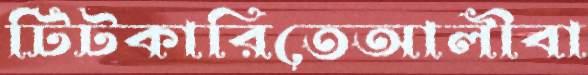
টিটকারিতেআলীবা